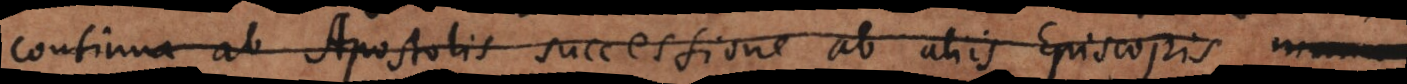
continua ab Apostolis successione ab aliis Episcopis